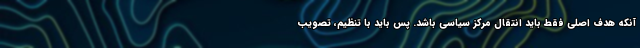
آنکه هدف اصلی فقط باید انتقال مرکز سیاسی باشد. پس باید با تنظیم، تصویب